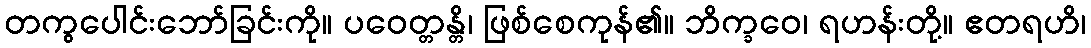
တကွပေါင်းဘော်ခြင်းကို။ ပဝေတ္တန္တိ၊ ဖြစ်စေကုန်၏။ ဘိက္ခဝေ၊ ရဟန်းတို့။ ဧတရဟိ၊